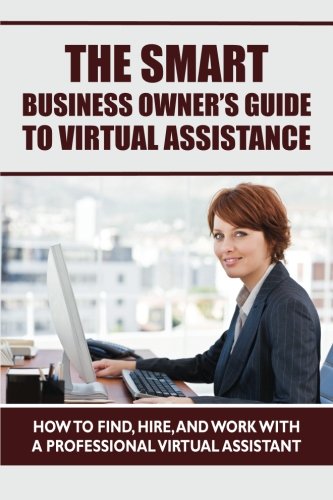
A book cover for The Smart Business Owner's Guide to Virtual Assistance: How to Find, Hire, and Work with a Professional Virtual Assistant; Tess Strand; Business & Money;